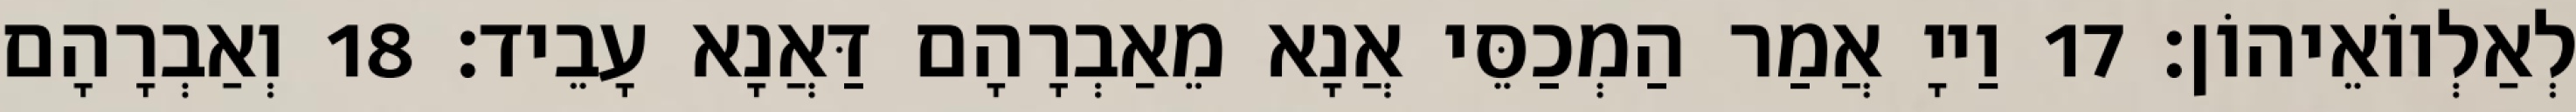
לְאַלְווֹאֵיהוֹן׃ 17 וַייָ אֲמַר הַמְכַסֵּי אֲנָא מֵאַבְרָהָם דַּאֲנָא עָבֵיד׃ 18 וְאַבְרָהָם